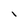
Character: I